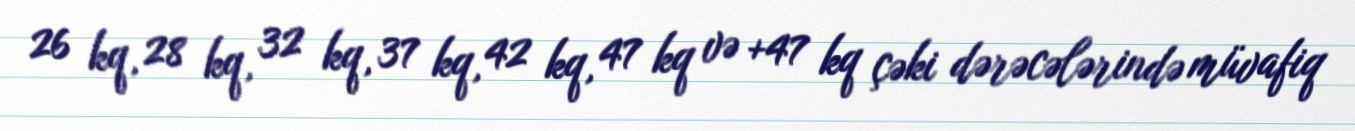
26 kq, 28 kq, 32 kq, 37 kq, 42 kq, 47 kq və +47 kq çəki dərəcələrində müvafiq